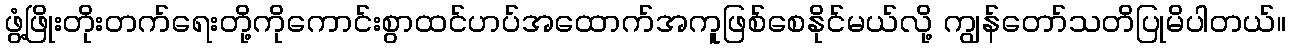
ဖွံ့ဖြိုးတိုးတက်ရေးတို့ကိုကောင်းစွာထင်ဟပ်အထောက်အကူဖြစ်စေနိုင်မယ်လို့ ကျွန်တော်သတိပြုမိပါတယ်။